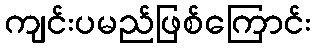
ကျင်းပမည်ဖြစ်ကြောင်း